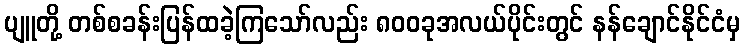
ပျူတို့ တစ်စခန်းပြန်ထခဲ့ကြသော်လည်း ၈၀၀ခုအလယ်ပိုင်းတွင် နန်ချောင်နိုင်ငံမှ